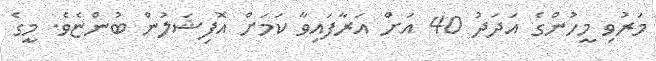
މަރުވި މީހުންގެ އަދަދު 40 އަށް އަރާފައިވާ ކަމަށް އޮފިޝަލުން ބުންޏެވެ. މީގެ